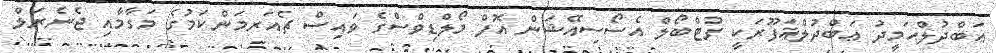
ޢަބްދުލްޙަމީދު ޢަބްދުލްޣަފޫރަކީ ފުޓްބޯލް އެސޯސިއޭޝަން އޮފް މޯލްޑިވްސްގެ ވައިސް ޗެއަރމަންކަމުގެ މަގާމާއި ޖެނެރަލް